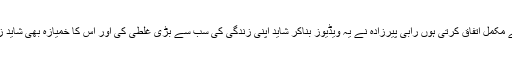
میں ان لوگوں کی بات سے مکمل اتفاق کرتی ہوں رابی پیرزادہ نے یہ ویڈیوز بناکر شاید اپنی زندگی کی سب سے بڑی غلطی کی اور اس کا خمیازہ بھی شاید زندگی بھر ہی بھگتے گی۔